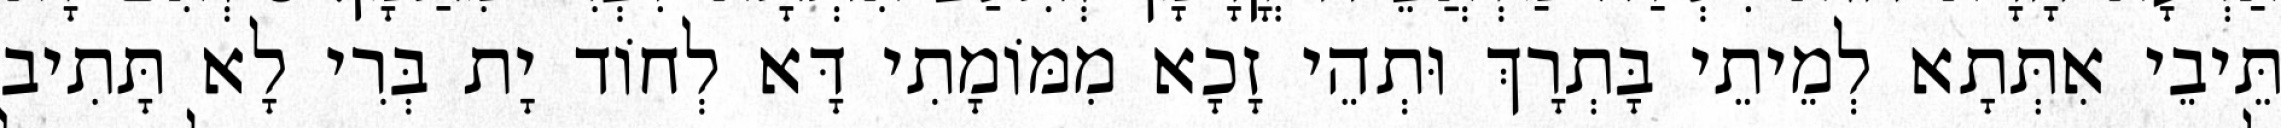
תֵּיבֵי אִתְּתָא לְמֵיתֵי בָּתְרָךְ וּתְהֵי זָכָא מִמּוֹמָתִי דָּא לְחוֹד יָת בְּרִי לָא תָּתִיב